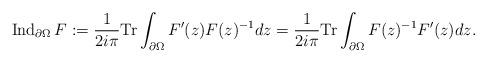
LaTeX: \begin{align*}{\rm Ind}_{\partial \Omega} \, F := \frac{1}{2i\pi} \textup{Tr} \int_{\partial \Omega} F'(z)F(z)^{-1} dz = \frac{1}{2i\pi} \textup{Tr} \int_{\partial \Omega} F(z)^{-1} F'(z) dz.\end{align*}